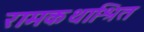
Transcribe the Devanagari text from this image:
रामकथाश्रित